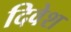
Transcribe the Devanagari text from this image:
दिवेश